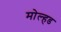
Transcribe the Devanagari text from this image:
मोल्हड